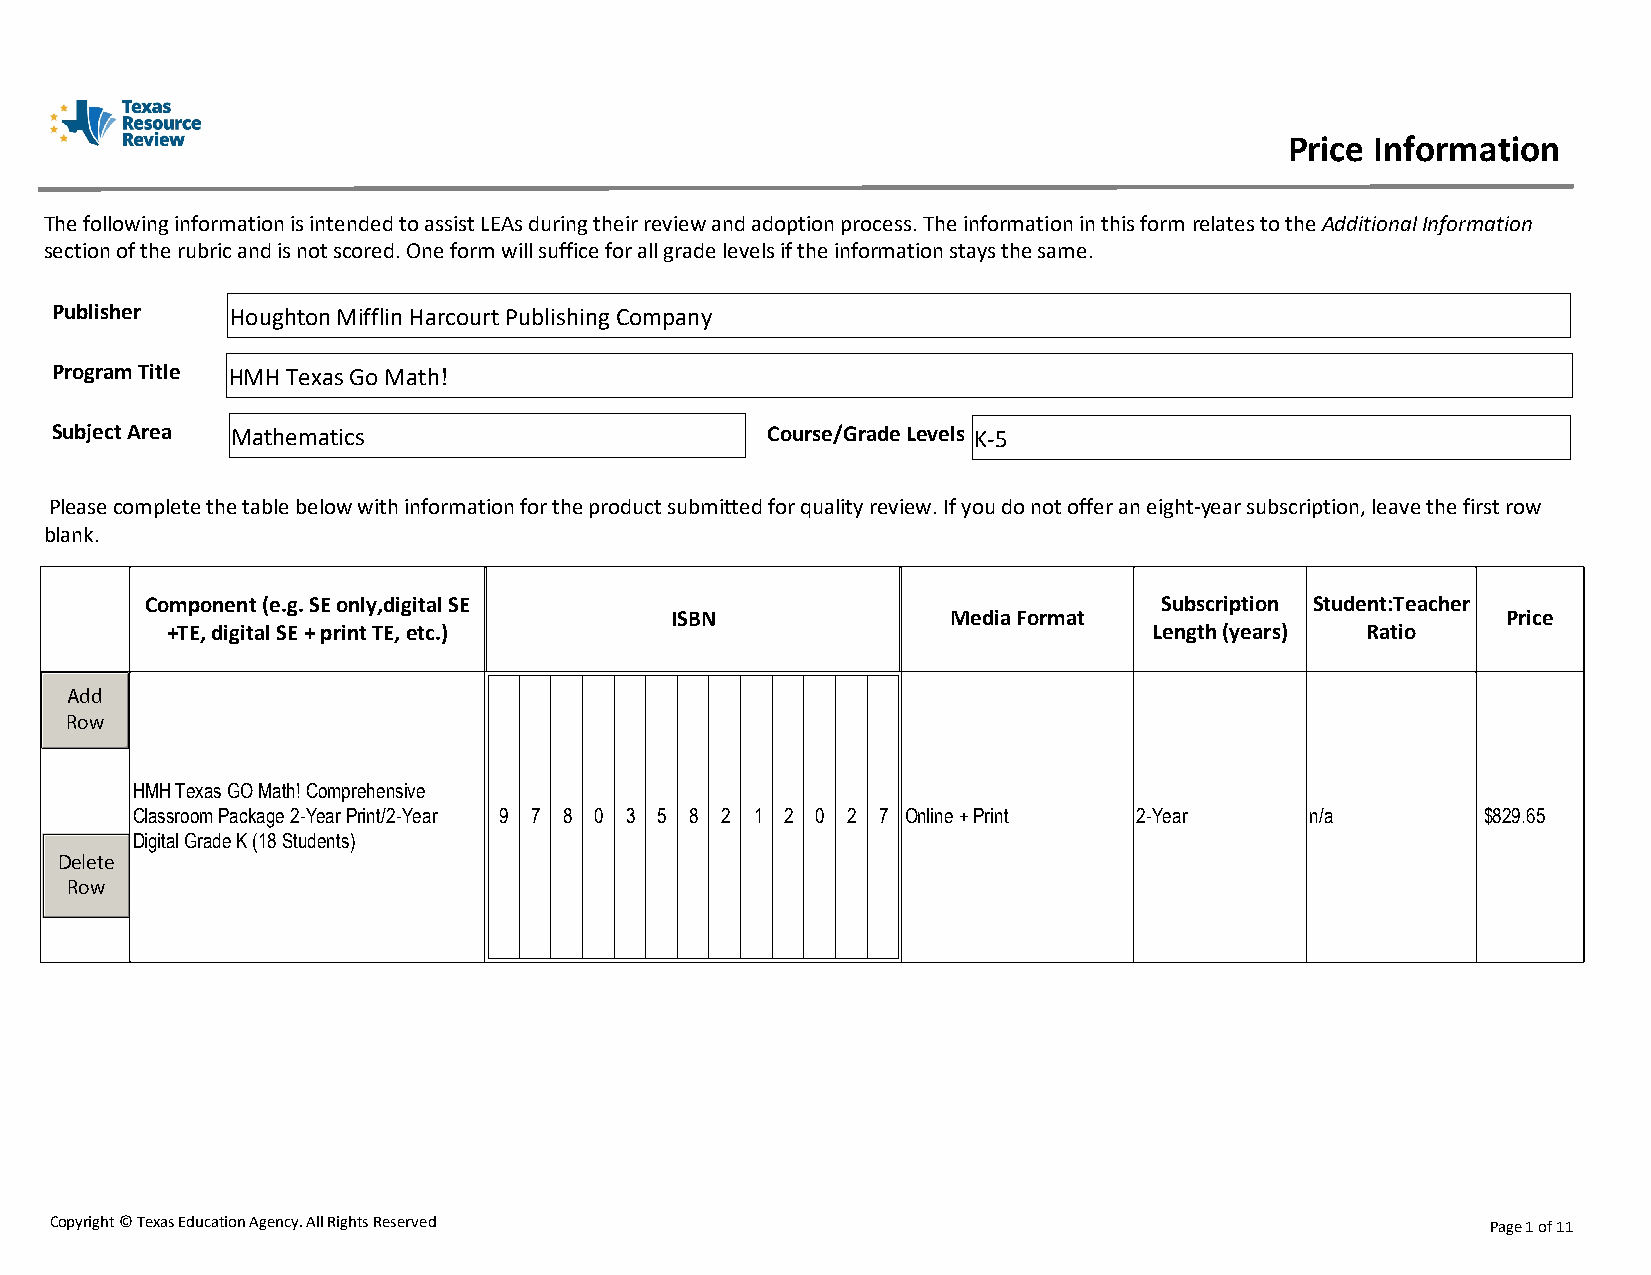
Price Information
 The following information is intended to assist LEAs during their review and adoption process. The information in this form relates to the Additional Information
 section of the rubric and is not scored. One form will suffice for all grade levels if the information stays the same.
 Publisher   Houghton Mifflin Harcourt Publishing Company
 Program Title HMH Texas Go Math!
 Subject Area Mathematics                        Course/Grade Levels K-5
 Please complete the table below with information for the product submitted for quality review. If you do not offer an eight-year subscription, leave the first row
 blank.
 Component (e.g. SE only,digital SE                                 Subscription Student:Teacher
 ISBN               Media Format                         Price
 +TE, digital SE + print TE, etc.)                                Length (years) Ratio
 Add
 Row
 HMH Texas GO Math! Comprehensive
 Classroom Package 2-Year Print/2-Year 9 7 8 0 3 5 8 2 1 2 0 2 7 Online + Print 2-Year n/a $829.65
 Digital Grade K (18 Students)
 Delete
 Row
 Copyright © Texas Education Agency. All Rights Reserved                                         Page 1 of 11